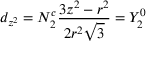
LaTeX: d _ { z ^ { 2 } } = N _ { 2 } ^ { c } { \frac { 3 z ^ { 2 } - r ^ { 2 } } { 2 r ^ { 2 } { \sqrt { 3 } } } } = Y _ { 2 } ^ { 0 }